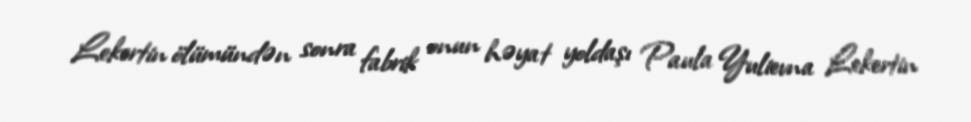
Lekertin ölümündən sonra fabrik onun həyat yoldaşı Paula Yulievna Lekertin